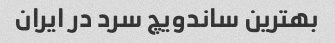
بهترین ساندویچ سرد در ایران